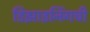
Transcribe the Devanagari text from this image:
डिझाइनिंगची